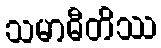
သမာဓီတိဿ